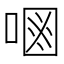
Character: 𠷝